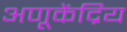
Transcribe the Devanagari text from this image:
अणूकेंद्रिय